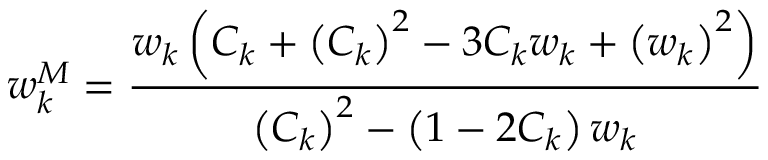
w _ { k } ^ { M } = \frac { w _ { k } \left( C _ { k } + \left( C _ { k } \right) ^ { 2 } - 3 C _ { k } w _ { k } + \left( w _ { k } \right) ^ { 2 } \right) } { \left( C _ { k } \right) ^ { 2 } - \left( 1 - 2 C _ { k } \right) w _ { k } }